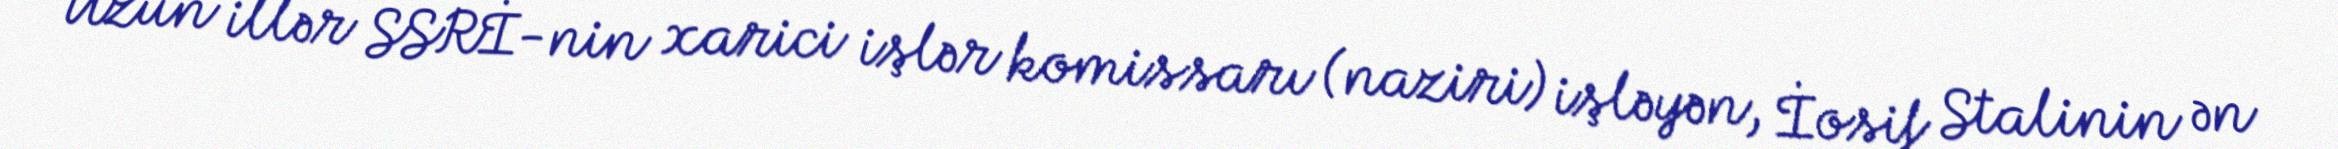
Uzun illər SSRİ-nin xarici işlər komissarı (naziri) işləyən, İosif Stalinin ən